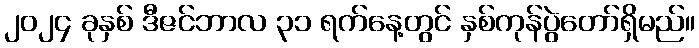
၂၀၂၄ ခုနှစ် ဒီဇင်ဘာလ ၃၁ ရက်နေ့တွင် နှစ်ကုန်ပွဲတော်ရှိမည်။